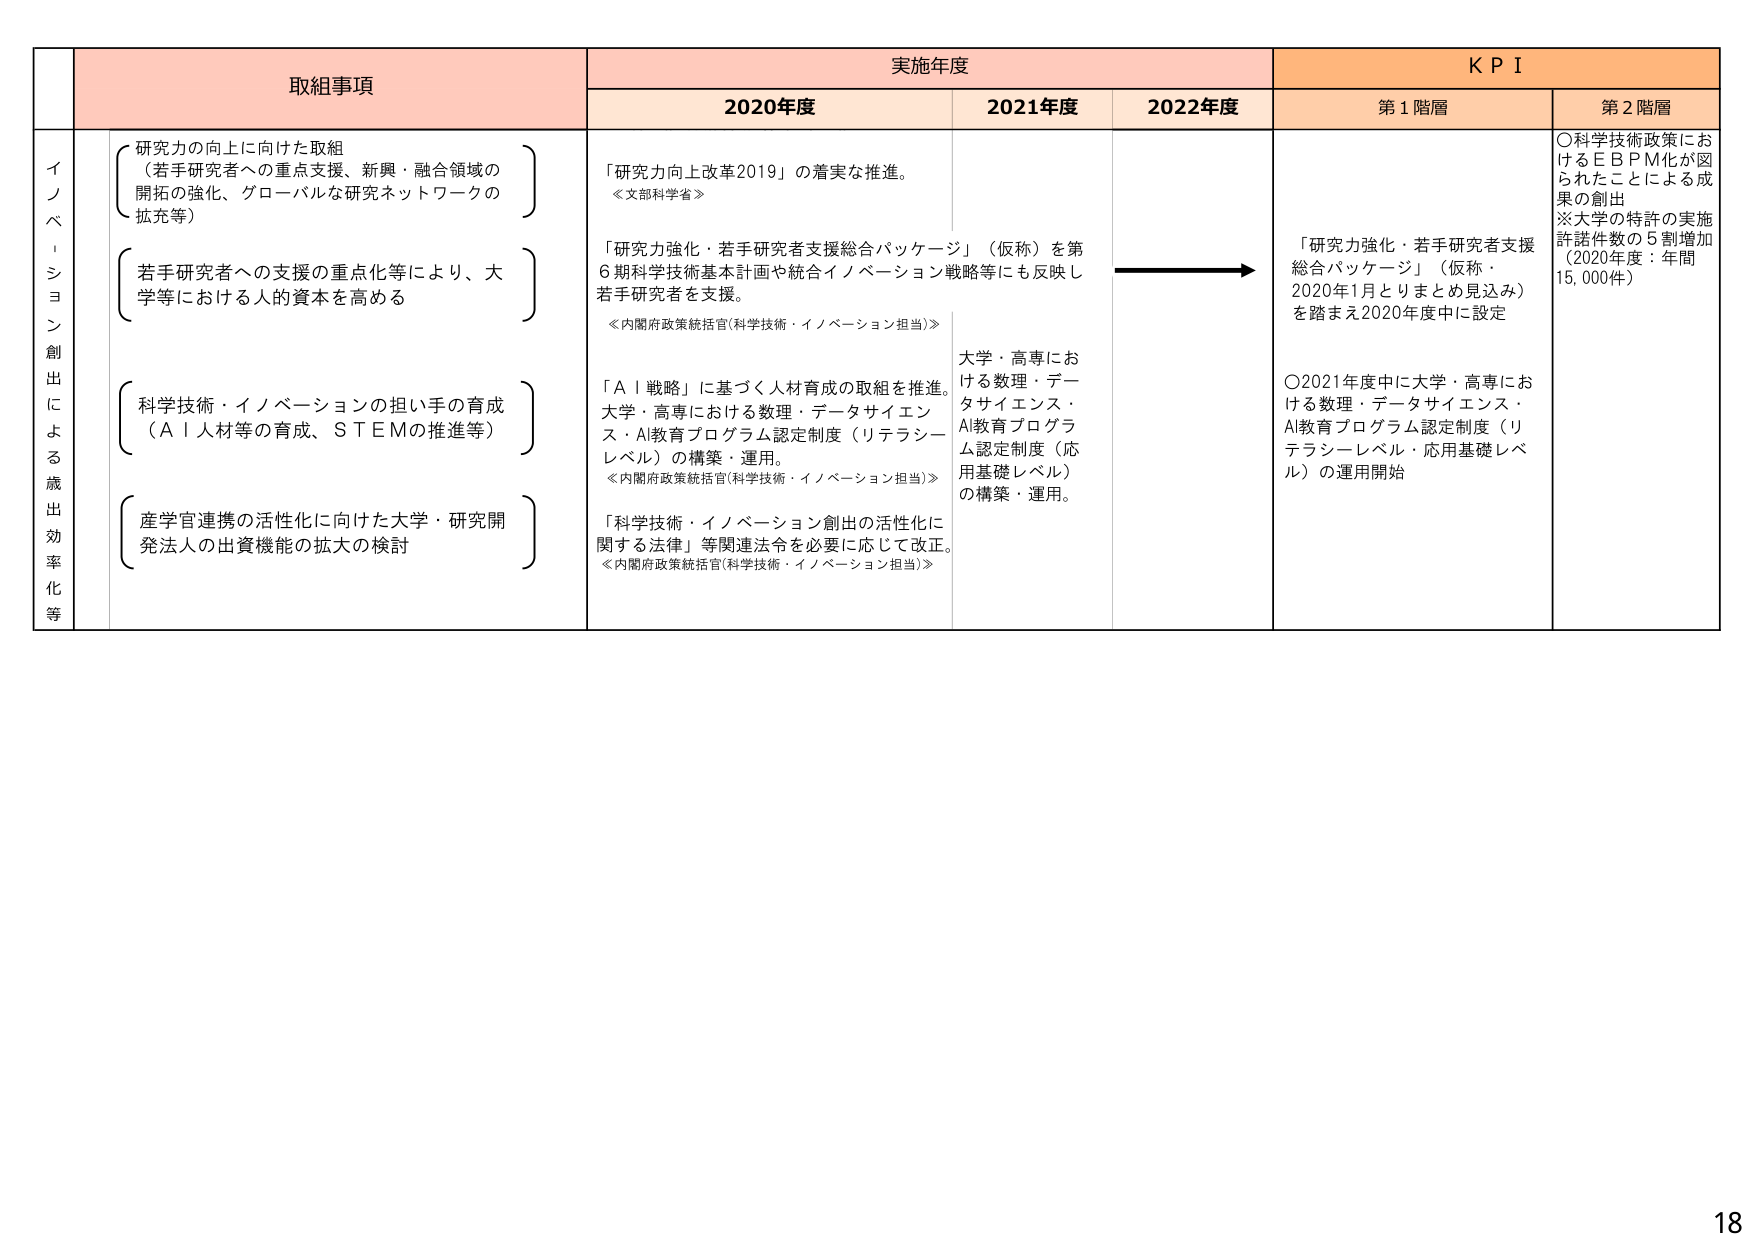
取組事項
実施年度
KPI
2020年度
2021年度
2022年度
第1階層
第2階層
イノベーション創出による歳出効率化等
研究力の向上に向けた取組
（若手研究者への重点支援、新興・融合領域の開拓の強化、グローバルな研究ネットワークの拡充等）
「研究力向上改革2019」の着実な推進。
≪文部科学省≫
若手研究者への支援の重点化等により、大学等における人的資本を高める
「研究力強化・若手研究者支援総合パッケージ」（仮称）を第6期科学技術基本計画や統合イノベーション戦略等にも反映し若手研究者を支援。
≪内閣府政策統括官(科学技術・イノベーション担当)≫
科学技術・イノベーションの担い手の育成
（AI人材等の育成、STEMの推進等）
「AI戦略」に基づく人材育成の取組を推進。大学・高専における数理・データサイエンス・AI教育プログラム認定制度（リテラシーレベル）の構築・運用。
≪内閣府政策統括官(科学技術・イノベーション担当)≫
産学官連携の活性化に向けた大学・研究開発法人の出資機能の拡大の検討
「科学技術・イノベーション創出の活性化に関する法律」等関連法令を必要に応じて改正。
≪内閣府政策統括官(科学技術・イノベーション担当)≫
大学・高専における数理・データサイエンス・AI教育プログラム認定制度（応用基礎レベル）の構築・運用。
「研究力強化・若手研究者支援総合パッケージ」（仮称・2020年1月とりまとめ見込み）を踏まえ2020年度中に設定
〇科学技術政策におけるEBPM化が図られたことによる成果の創出
※大学の特許の実施許諾件数の5割増加（2020年度：年間15,000件）
〇2021年度中に大学・高専における数理・データサイエンス・AI教育プログラム認定制度（リテラシーレベル・応用基礎レベル）の運用開始
18